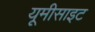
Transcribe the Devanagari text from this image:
यूमीसाइट